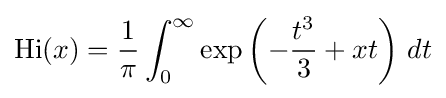
\mathrm {Hi} (x)={\frac {1}{\pi }}\int _{0}^{\infty }\exp \left(-{\frac {t^{3}}{3}}+xt\right)\,dt